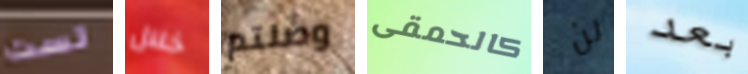
لست خلال وصلتم كالحمقى لن بعد